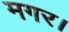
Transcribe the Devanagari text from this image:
मगर।